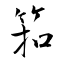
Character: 筘